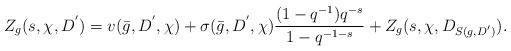
LaTeX: \begin{align*}Z_g(s, \chi, D^{'})=v(\bar{g}, D^{'}, \chi)+\sigma(\bar{g}, D^{'}, \chi)\dfrac{(1-q^{-1})q^{-s}}{1-q^{-1-s}}+Z_g(s, \chi, D_{S(g, D^{'})}).\end{align*}